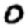
Digit: 0